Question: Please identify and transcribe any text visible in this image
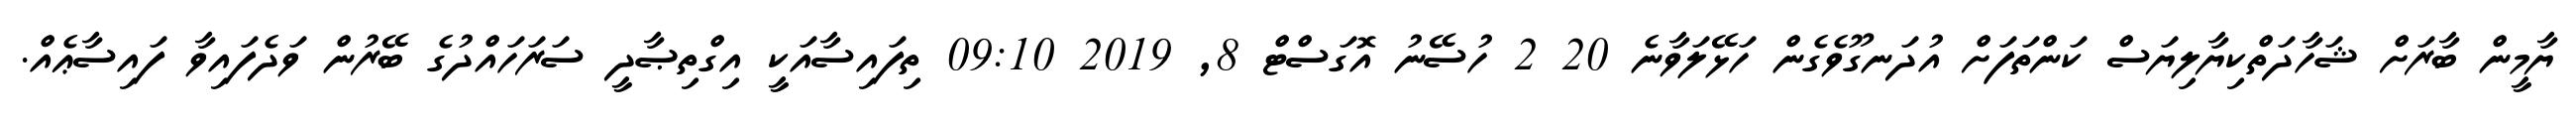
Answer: ޔާމީން ބާރަށް ޝަހާދަތްކިޔާލިޔަސް ކަންތަފަށް އުދަނގޫވެގެން ހަޅޭލަވާނެ 20 2 ހުސޭނު އޮގަސްޓް 8, 2019 09:10 ތިފައިސާއަކީ އިގްތިޞާދީ ސަރަހައްދުގެ ބޭރުން ވަދެފައިވާ ފައިސާޢެއް.